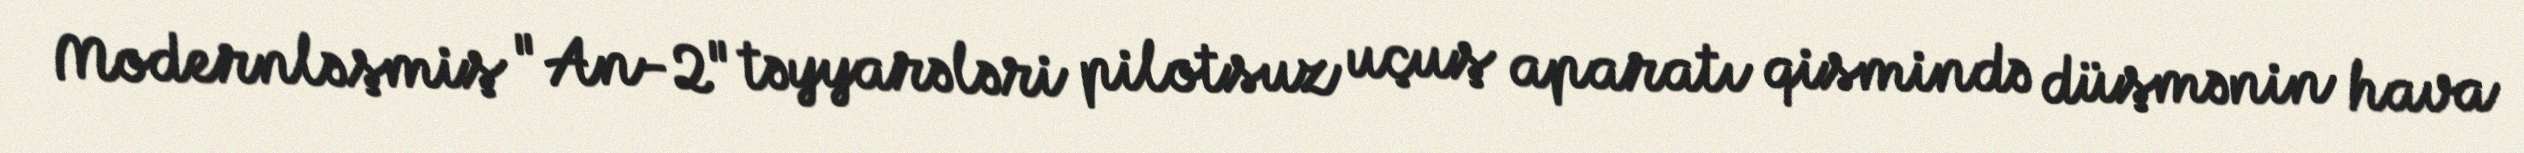
Modernləşmiş "An-2" təyyarələri pilotsuz uçuş aparatı qismində düşmənin hava